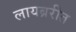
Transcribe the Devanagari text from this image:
लायब्ररीत